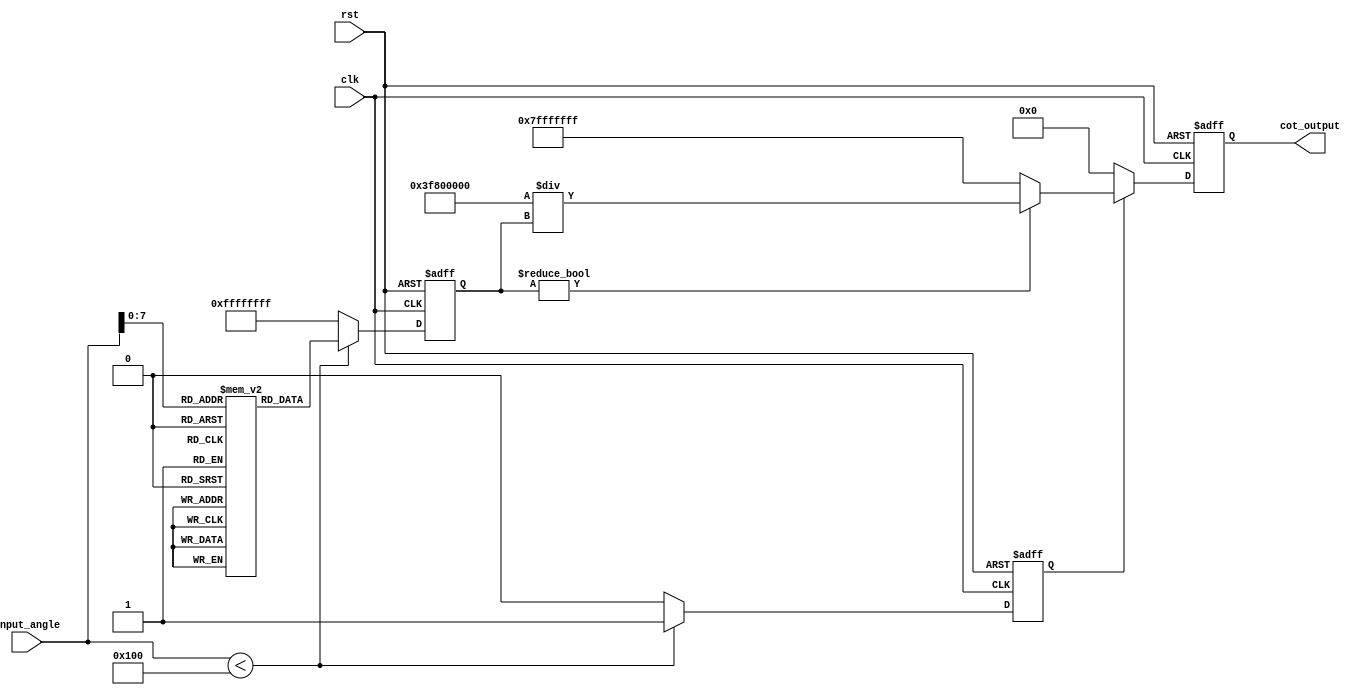
module cotangent_arithmetic_block (
    input wire [31:0] input_angle, // Input angle in radians (fixed-point format)
    output reg [31:0] cot_output,   // Cotangent output (fixed-point format)
    input wire clk,
    input wire rst
);

    // Internal signals
    reg [31:0] tan_value; // Tangent value
    reg valid_tan;       // Flag to indicate valid tangent value

    // Tangent calculation using a simple lookup table (for demonstration)
    // In a real implementation, you would use a more sophisticated method
    reg [31:0] tan_lut [0:255]; // Lookup table for tangent values
    initial begin
        // Initialize the tangent lookup table (example values)
        // This should be filled with actual tangent values for the angles
        // For simplicity, we are using dummy values here
        tan_lut[0] = 32'h00000000; // tan(0) = 0
        tan_lut[1] = 32'h3F800000; // tan(pi/4) = 1
        // Fill in more values as needed...
    end

    // Tangent calculation block
    always @(posedge clk or posedge rst) begin
        if (rst) begin
            tan_value <= 32'h00000000;
            valid_tan <= 1'b0;
        end else begin
            // Assume input_angle is in the range [0, 255] for LUT indexing
            if (input_angle < 256) begin
                tan_value <= tan_lut[input_angle];
                valid_tan <= 1'b1;
            end else begin
                tan_value <= 32'hFFFFFFFF; // Invalid index, set to max
                valid_tan <= 1'b0;
            end
        end
    end

    // Reciprocal calculation block
    always @(posedge clk or posedge rst) begin
        if (rst) begin
            cot_output <= 32'h00000000;
        end else if (valid_tan) begin
            if (tan_value != 32'h00000000) begin
                // Compute reciprocal of tangent
                // Here we use a simple division for demonstration
                cot_output <= 32'h3F800000 / tan_value; // 1.0 / tan_value
            end else begin
                // Handle division by zero (cotangent is undefined)
                cot_output <= 32'h7FFFFFFF; // Return a special value (e.g., max int)
            end
        end else begin
            cot_output <= 32'h00000000; // Default output if tangent is invalid
        end
    end

endmodule